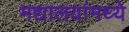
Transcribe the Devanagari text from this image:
मद्यालयांमध्ये